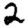
Digit: 2